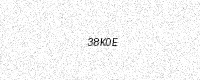
Text: 38K0E